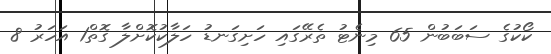
ކޯކުގެ ސަބަބުން 65 މިނެޓު ތެރޭގައި ހަށިގަނޑު ހަލާކުކޮށްލާ ގޮތް1 އަހަރު 8